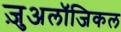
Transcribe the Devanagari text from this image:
ज़ुअलॉजिकल